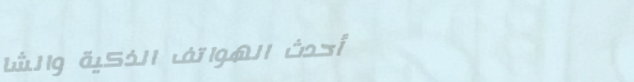
أحدث الهواتف الذكية والشا